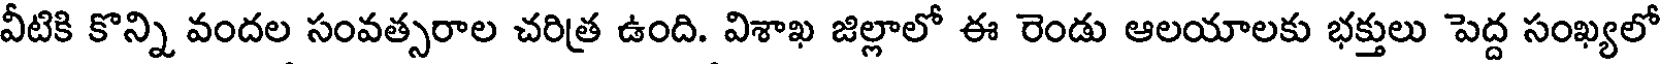
వీటికి కొన్ని వందల సంవత్సరాల చరిత్ర ఉంది. విశాఖ జిల్లాలో ఈ రెండు ఆలయాలకు భక్తులు పెద్ద సంఖ్యలో